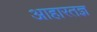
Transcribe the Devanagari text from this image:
आहारतज्ञ